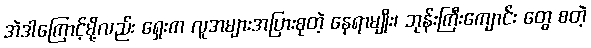
အဲဒါကြောင့်မို့လည်း ရှေးက လူအများအပြားစုတဲ့ နေရာမျိုး၊ ဘုန်းကြီးကျောင်း တွေ စတဲ့